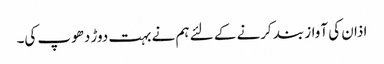
اذان کی آواز بند کرنے کے لئے ہم نے بہت دوڑ دھوپ کی۔